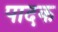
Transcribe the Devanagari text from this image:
पादक